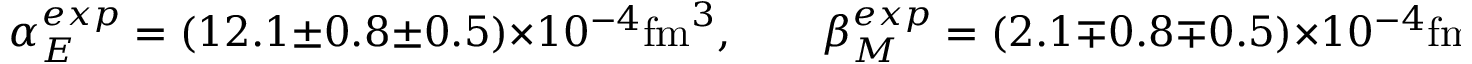
\alpha _ { E } ^ { e x p } = ( 1 2 . 1 \pm 0 . 8 \pm 0 . 5 ) \times 1 0 ^ { - 4 } \mathrm { f m } ^ { 3 } , \qquad \beta _ { M } ^ { e x p } = ( 2 . 1 \mp 0 . 8 \mp 0 . 5 ) \times 1 0 ^ { - 4 } \mathrm { f m } ^ { 3 }